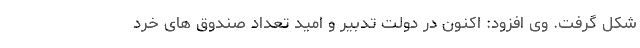
شکل گرفت. وی افزود: اکنون در دولت تدبیر و امید تعداد صندوق های خرد